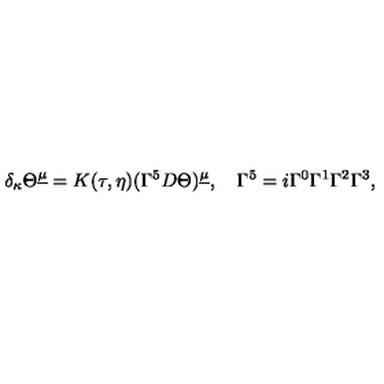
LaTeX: \delta _ { \kappa } \Theta ^ { \underline { \mu } } = K ( \tau , \eta ) ( \Gamma ^ { 5 } D \Theta ) ^ { \underline { \mu } } , \quad \Gamma ^ { 5 } = i \Gamma ^ { 0 } \Gamma ^ { 1 } \Gamma ^ { 2 } \Gamma ^ { 3 } ,